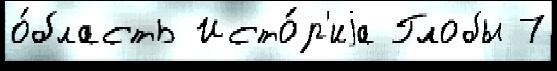
о́бласть Исто́р'иjа Глобы 7